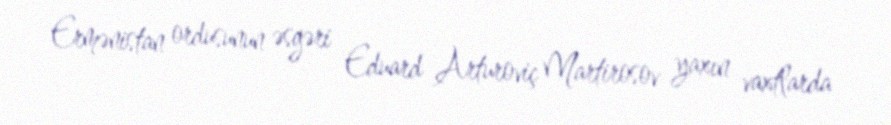
Ermənistan ordusunun əsgəri Eduard Arturoviç Martirosov yaxın vaxtlarda